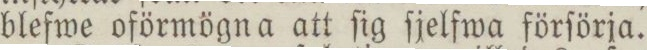
blefwe oförmögn a att ſig ſjelfwa förſörja.